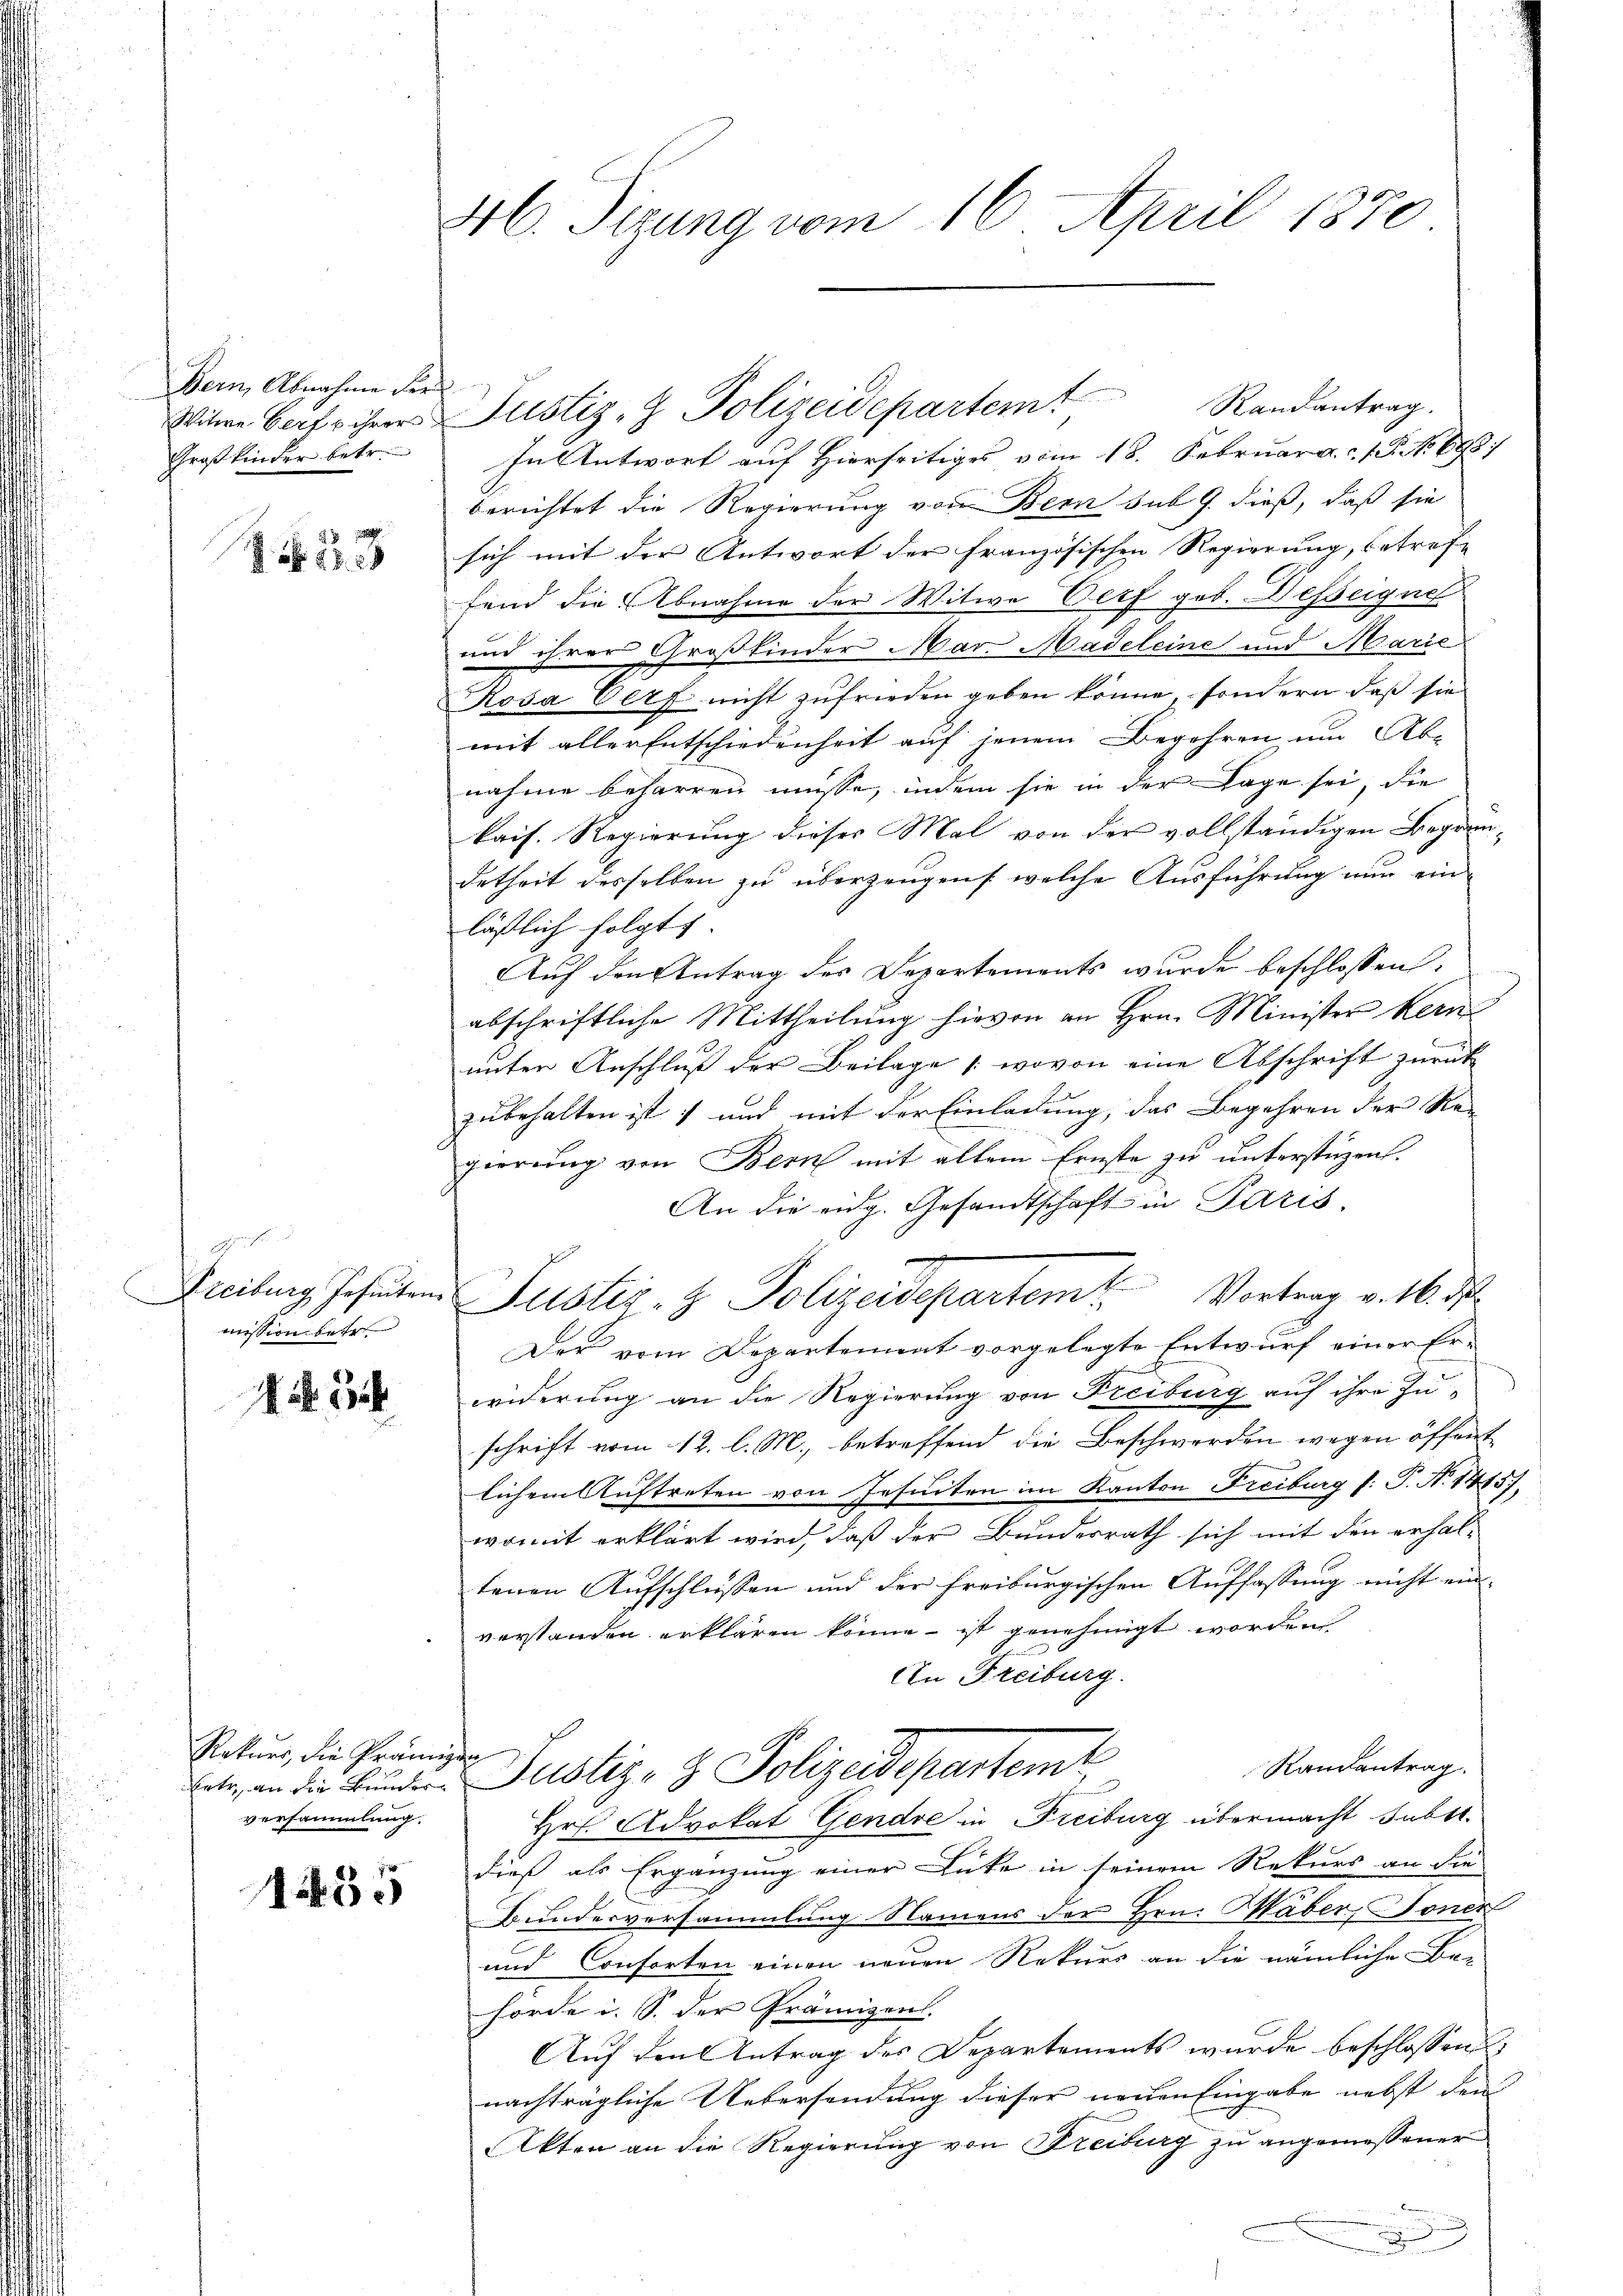
Bern, Abnahme der
Großkinder betr.

33

1
mission betr

NR. 34

Rekurs, die Prämigen
versammlung.

1455

M. Sitzung vom 16. April 1870

In Antwort auf Hierseitiges vom 18. Februar a.c. s. No 698.
berichtet die Regierung von Bern sub 9. dieß, daß sie
sich mit der Antwort der französischen Regierung, betreffe
fend die Abnahme der Witwe Verf geb. Desseigne
und ihrer Großkinder Mar. Madeleine und Marie
Rosa Verf nicht zufrieden geben könne, sondern daß sie
mit aller Entschiedenheit auf jenem Begehren um Abnahme beharren müsse, indem sie in der Lage sei, die
kais. Regierung dieses Mal von der vollständigen Begründetheit desselben zu überzeugen, welche Ausführung nur ein
läßlich folgt. |
Auf den Antrag des Departements wurde beschlossen.
abschriftliche Mittheilung hievon an Hrn. Minister Kern
unter Anschluß der Beilage (wovon eine Abschrift zurück
zubehalten ist) und mit der Einladung, das Begehren der Re-
gierung von Bern mit allem Ernste zu unterstüzen.
An die eidg. Gesandtschaft in Paris,
Freibung Jesuiten Justiz- & Polizeidepartem Vortrag v. M. d
Der vom Departement vorgelegte Entwurf einer Erwiderung an die Regierung von Freiburg auf ihre Zu-
schrift vom 12. l. M., betreffend die Beschwerden wegen öffent
lichem Auftreten von Jesuiten im Kanton Freiburg (: P. N. 1415),
womit erklärt wird, daß der Bundesrath sich mit den erhal-
tenen Aufschlüssen und der Freiburgischen Auffassung nicht ein-
verstanden erklären könne – ist genehmigt worden
An Freiburg.
Randantrag.
ate, an die Bunder Justiz- & Polizeidepartemt
Hr. Advokat Gendre in Freiburg übermacht subst.
dieß als Ergänzung einer Lücke in seinem Rekurs an die
Bunderversammlung Namens der Hrn. Haber, Stonen
und Consorten einen neuen Rekurs an die nämliche Be-
hörde i. S. der Prämizeil.
Auf den Antrag des Departements wurde beschlossen
nachträgliche Uebersendung dieser neuen Eingabe nebst den
Akten an die Regierung von Freiburg zu angemessener

Witwe Barf ihrer Justiz- & Polizeidepartem Randantrag.